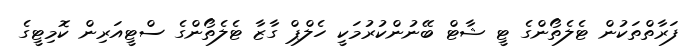
ފަރާތްތަކުން ޓެލެތޯންގެ ޓީ ޝާޓް ބޭނުންކުރުމަކީ ހެލްޕް ގާޒާ ޓެލެތޯންގެ ސްޓީއަރިން ކޮމިޓީގެ